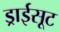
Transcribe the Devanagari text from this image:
ड्राईसूट